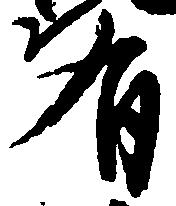
有